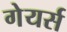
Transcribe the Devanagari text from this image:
गेयर्स